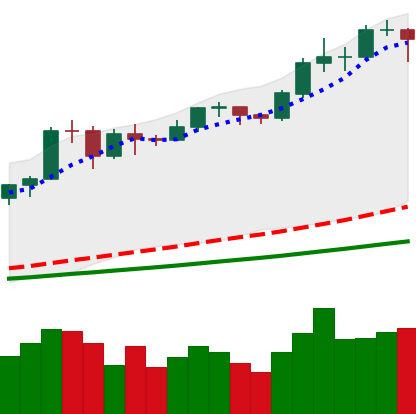
Ticker: BTC-USD
Chart end date: 2020-11-22
Forward return: -6.868%
Label: down_5_7